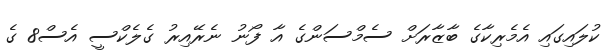
ކުލައިގައި އެމެރިކާގެ ބާޒާރަށް ސެމްސަންގެ އާ ފޯނު ނެރޭއިރު ގެލެކްސީ އެސް8 ގެ